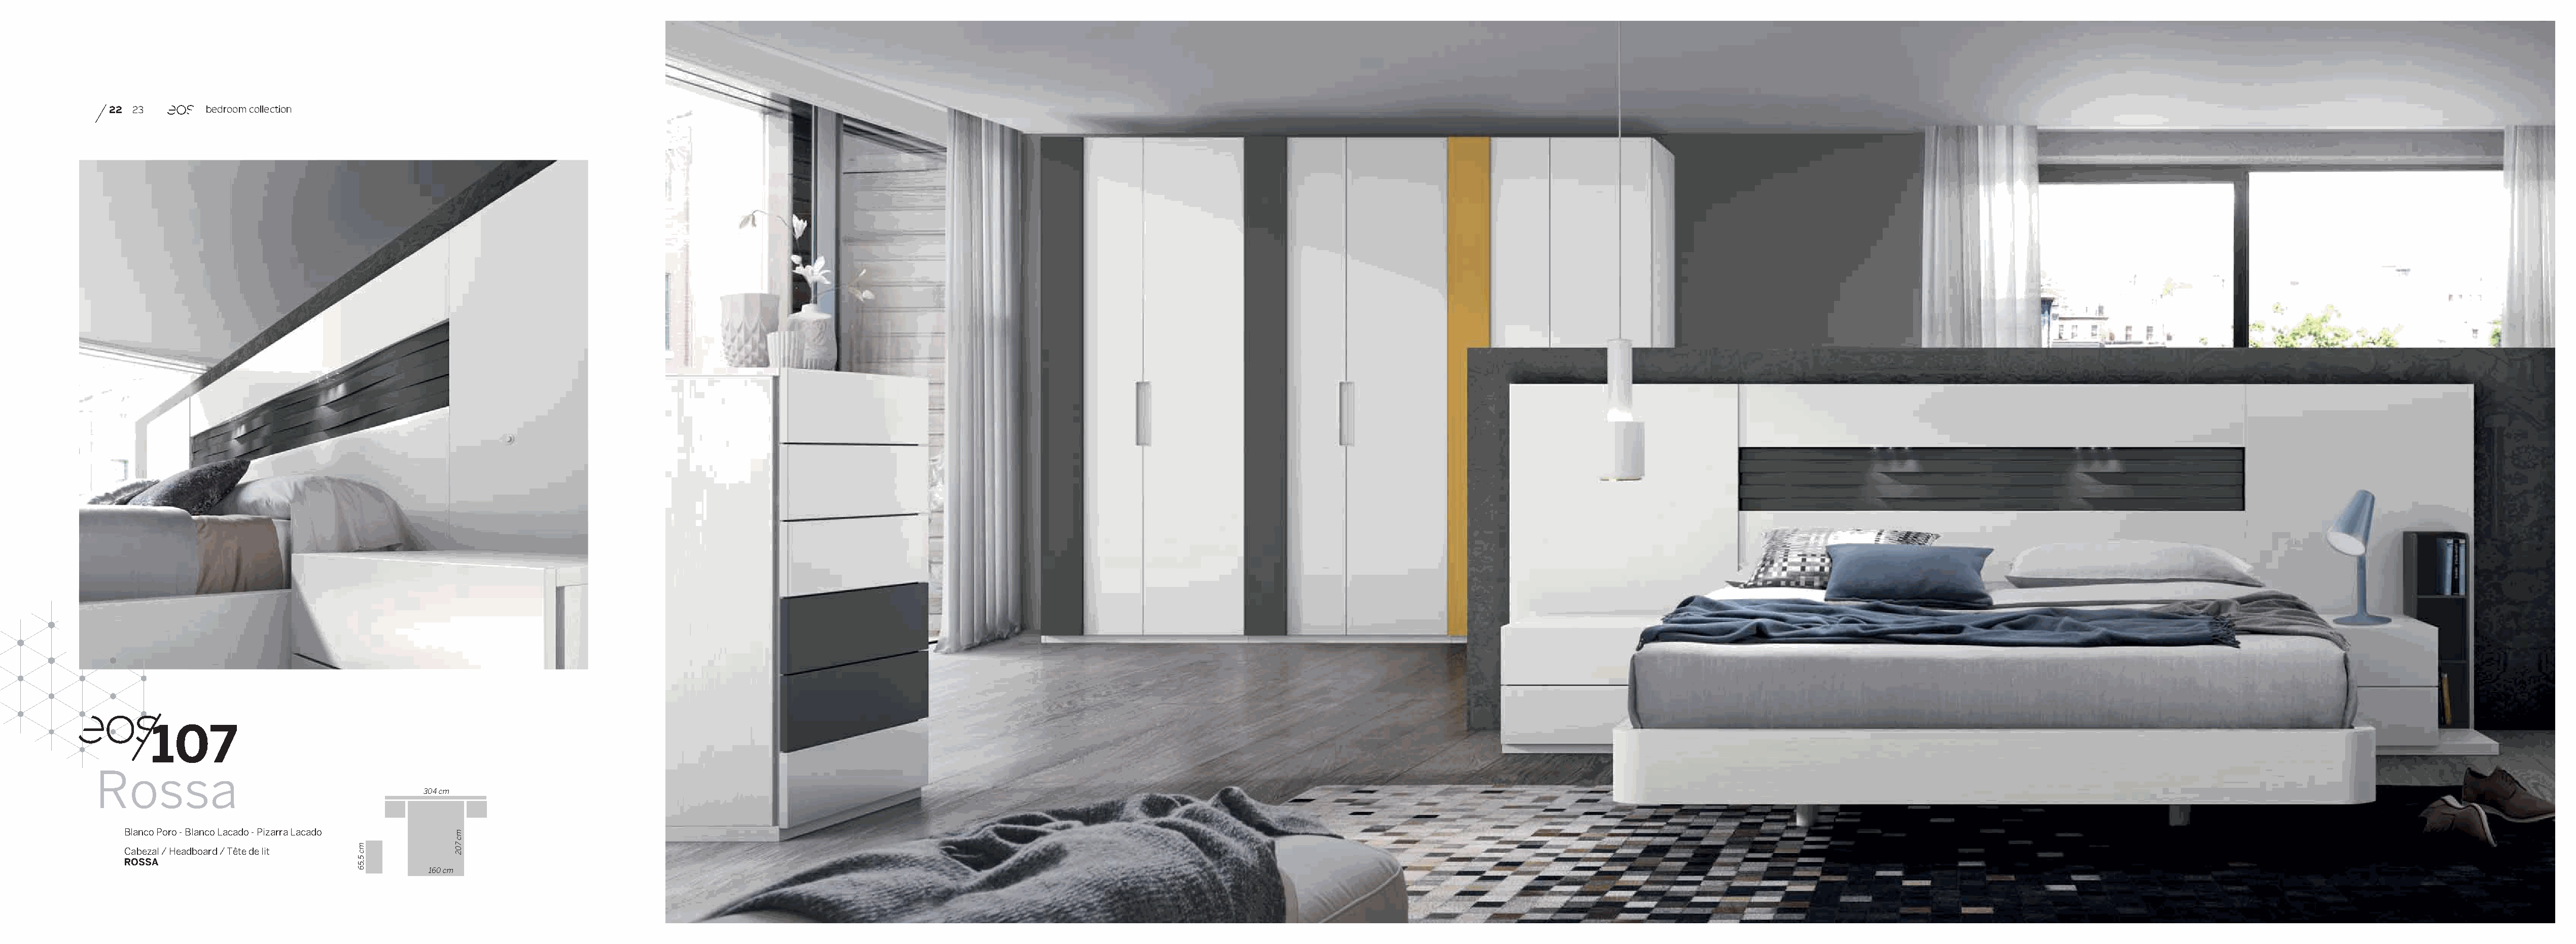
22 23        bedroom collection
 107
 Rossa
 304 cm
 Blanco Poro - Blanco Lacado - Pizarra Lacado
 Cabezal / Headboard / Tête de lit
 ROSSA
 160 cm
 mc
 5,56
 mc
 702